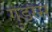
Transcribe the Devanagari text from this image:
गुड़रस